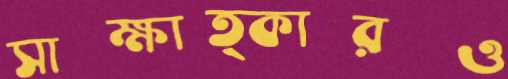
সাক্ষাত্কারও